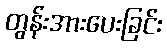
တွန်းအားပေးခြင်း